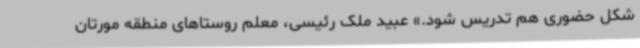
شکل حضوری هم تدریس شود.» عبید ملک رئیسی، معلم روستاهای منطقه مورتان